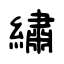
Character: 繡